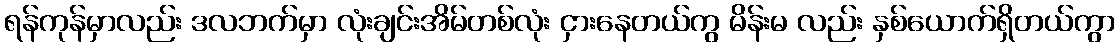
ရန်ကုန်မှာလည်း ဒလဘက်မှာ လုံးချင်းအိမ်တစ်လုံး ငှားနေတယ်ကွ မိန်းမ လည်း နှစ်ယောက်ရှိတယ်ကွာ